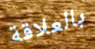
بالعلاقة